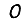
Digit: 0